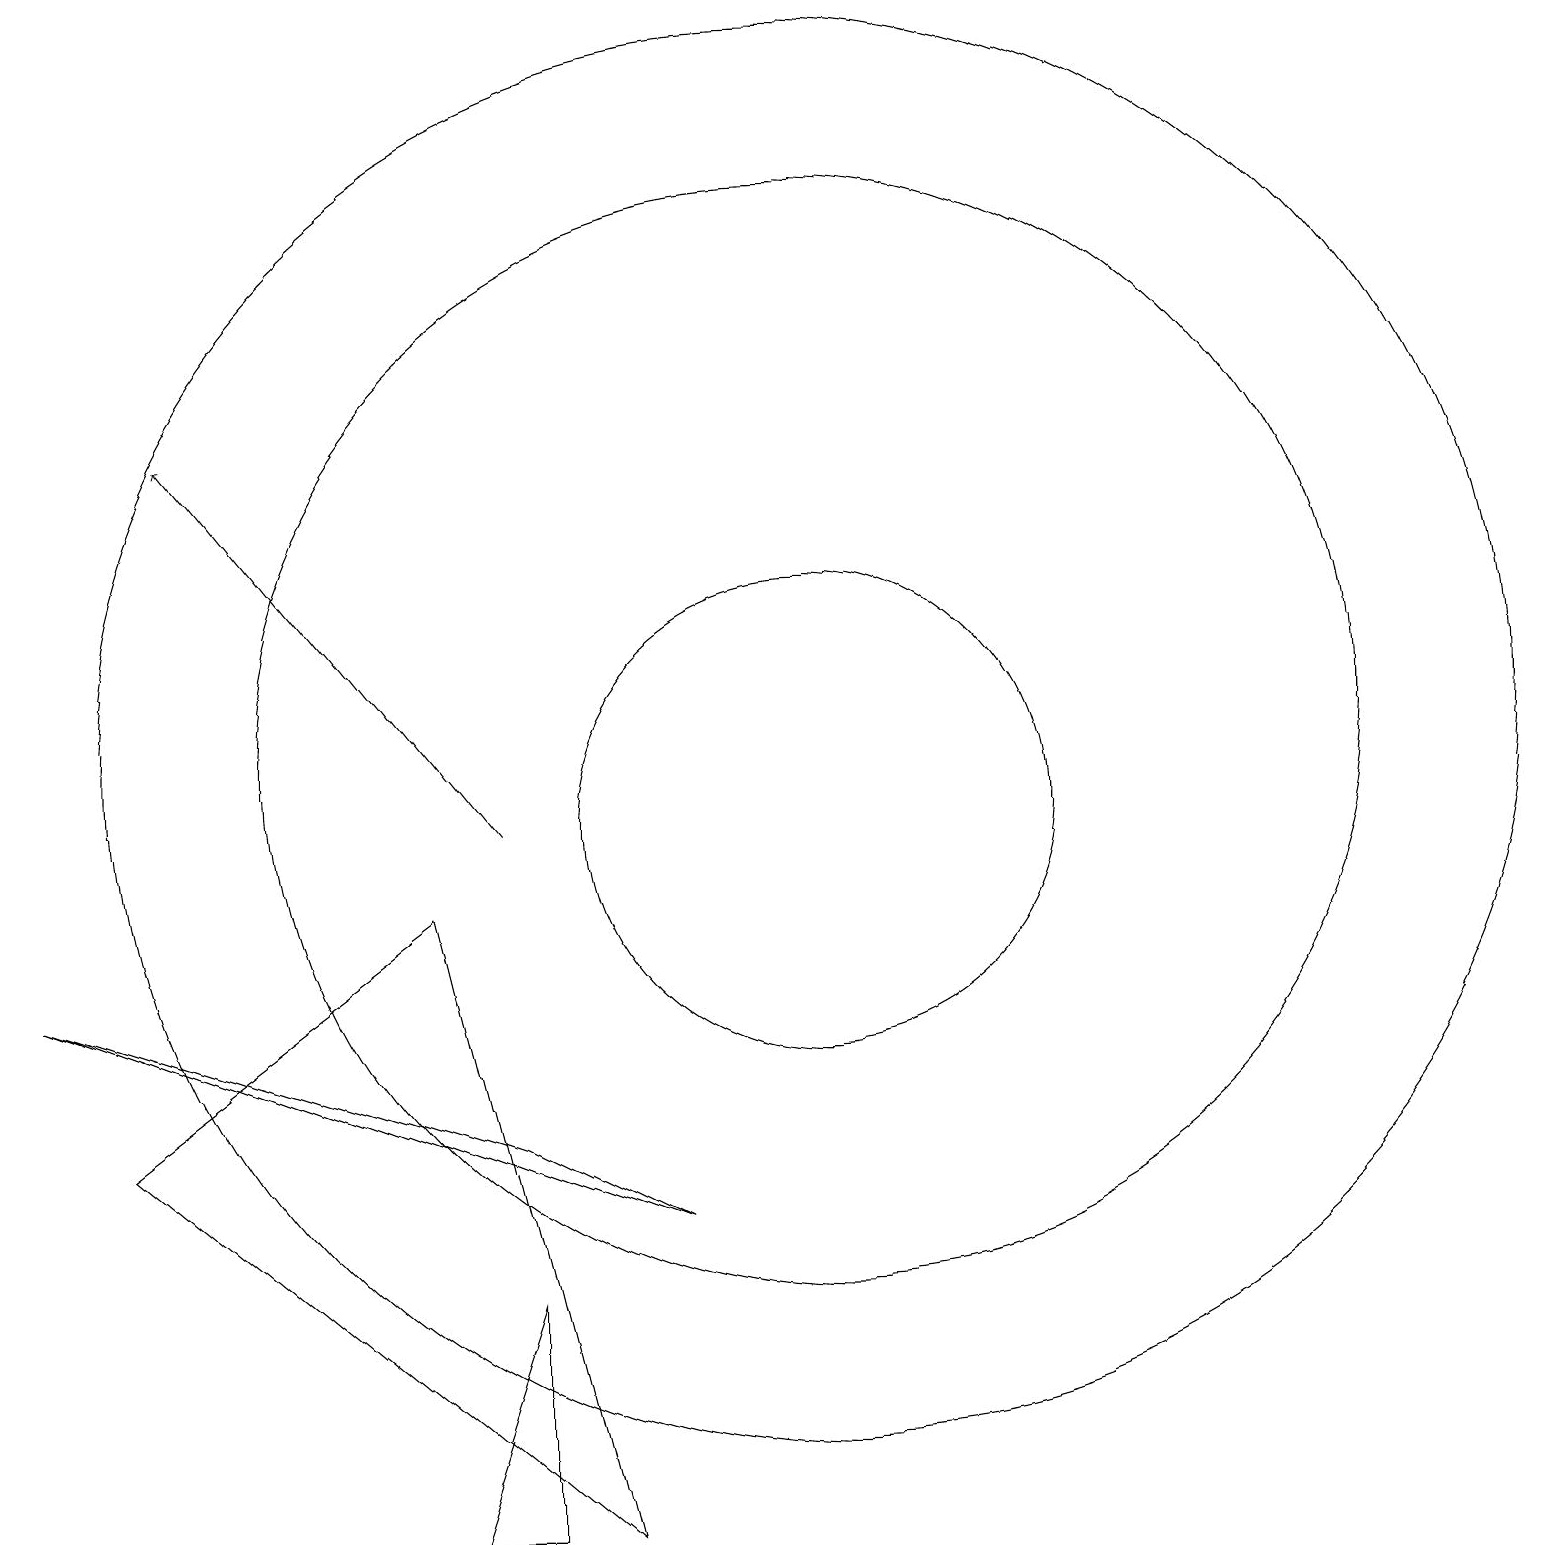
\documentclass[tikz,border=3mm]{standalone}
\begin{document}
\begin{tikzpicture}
\draw (7,6) -- (1,8) -- (9,5) -- cycle;
\draw[->] (7,10) -- (3,15);
\draw (6,9) -- (2,6) -- (8,1) -- cycle;
\draw (11,10) circle (3);
\draw (11,11) circle (7);
\draw (6,1) -- (7,1) -- (7,4) -- cycle;
\draw (11,11) circle (9);
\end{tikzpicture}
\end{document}